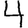
Digit: 4